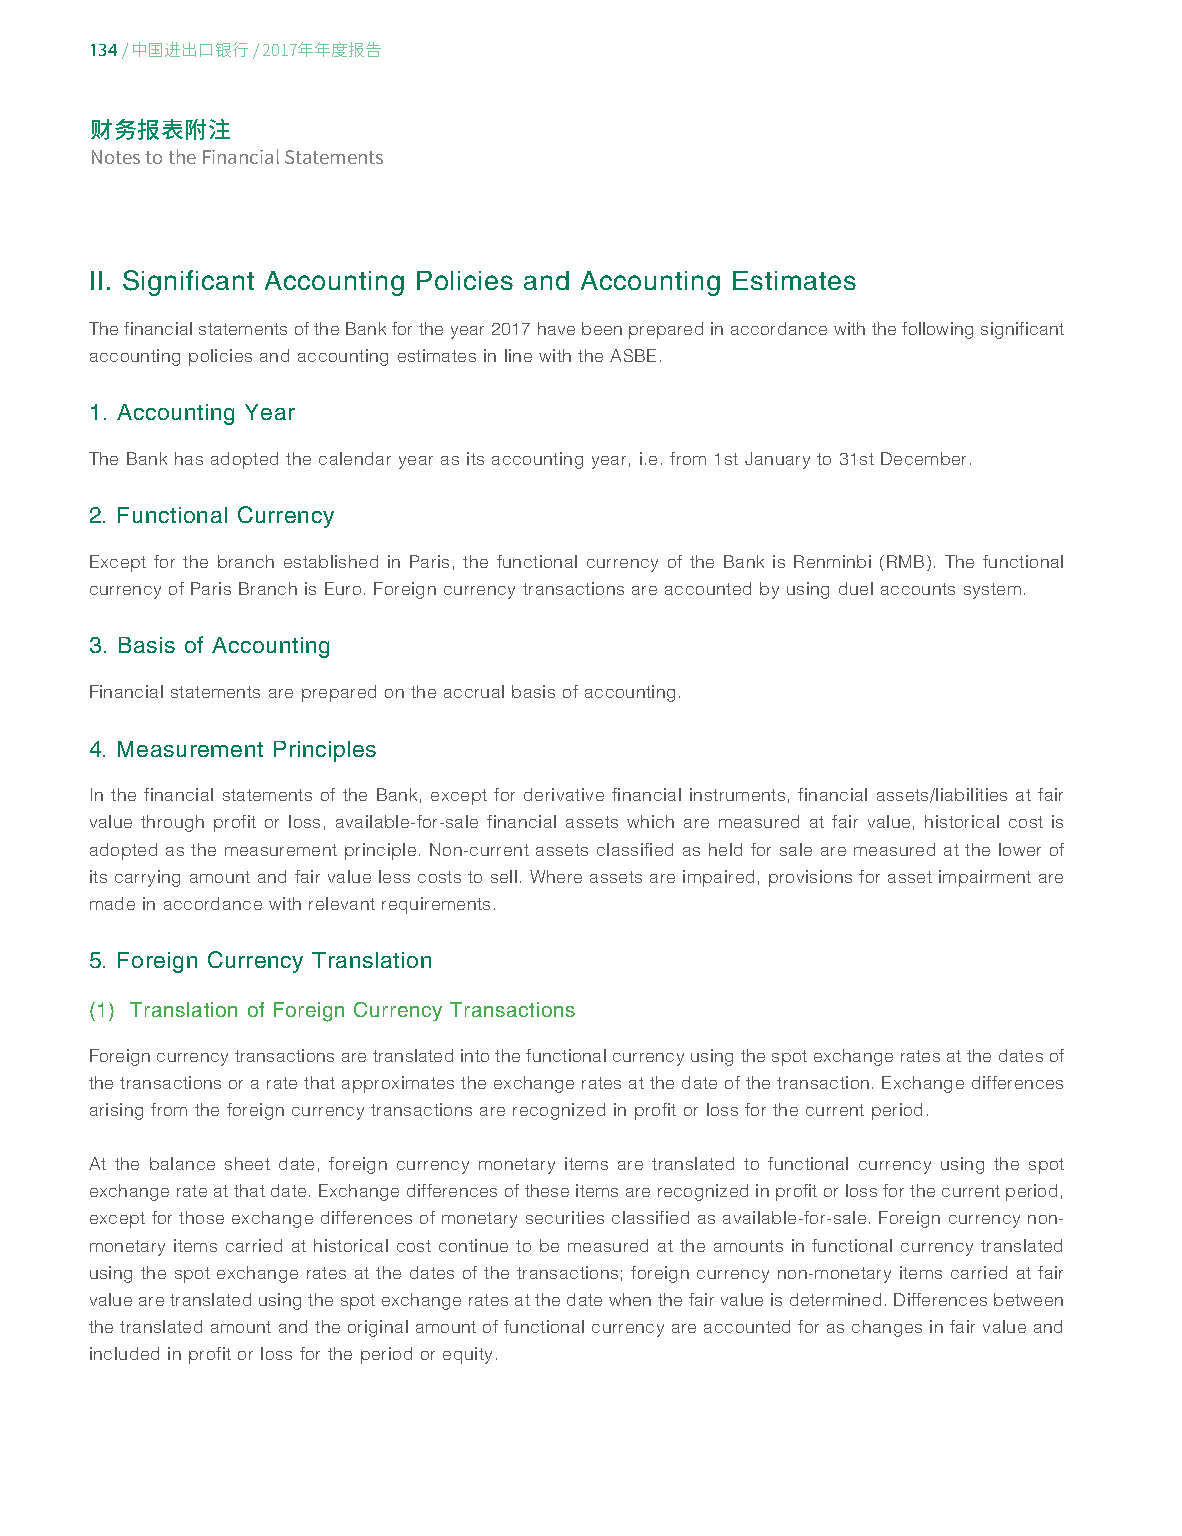
134
 / 中国进出口银行/ 2017年年度报告
 财务报表附注
 Notes to the Financial Statements
 II. Significant Accounting Policies and Accounting Estimates
 The financial statements of the Bank for the year 2017 have been prepared in accordance with the following significant
 accounting policies and accounting estimates in line with the ASBE.
 1. Accounting Year
 The Bank has adopted the calendar year as its accounting year, i.e. from 1st January to 31st December.
 2. Functional Currency
 Except for the branch established in Paris, the functional currency of the Bank is Renminbi (RMB). The functional
 currency of Paris Branch is Euro. Foreign currency transactions are accounted by using duel accounts system.
 3. Basis of Accounting
 Financial statements are prepared on the accrual basis of accounting.
 4. Measurement Principles
 In the financial statements of the Bank, except for derivative financial instruments, financial assets/liabilities at fair
 value through profit or loss, available-for-sale financial assets which are measured at fair value, historical cost is
 adopted as the measurement principle. Non-current assets classified as held for sale are measured at the lower of
 its carrying amount and fair value less costs to sell. Where assets are impaired, provisions for asset impairment are
 made in accordance with relevant requirements.
 5. Foreign Currency Translation
 (1) Translation of Foreign Currency Transactions
 Foreign currency transactions are translated into the functional currency using the spot exchange rates at the dates of
 the transactions or a rate that approximates the exchange rates at the date of the transaction. Exchange differences
 arising from the foreign currency transactions are recognized in profit or loss for the current period.
 At the balance sheet date, foreign currency monetary items are translated to functional currency using the spot
 exchange rate at that date. Exchange differences of these items are recognized in profit or loss for the current period,
 except for those exchange differences of monetary securities classified as available-for-sale. Foreign currency non-
 monetary items carried at historical cost continue to be measured at the amounts in functional currency translated
 using the spot exchange rates at the dates of the transactions; foreign currency non-monetary items carried at fair
 value are translated using the spot exchange rates at the date when the fair value is determined. Differences between
 the translated amount and the original amount of functional currency are accounted for as changes in fair value and
 included in profit or loss for the period or equity.